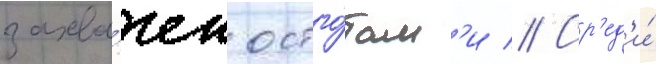
захва́чен остго́там'и // Ср'ед'и́